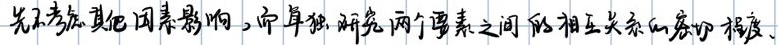
先不考虑其他因素影响，而单独研究两个要素之间的相互关系的密切程度。